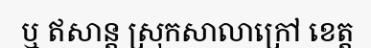
ឬ ឥសាន្ត ស្រុកសាលាក្រៅ ខេត្ត